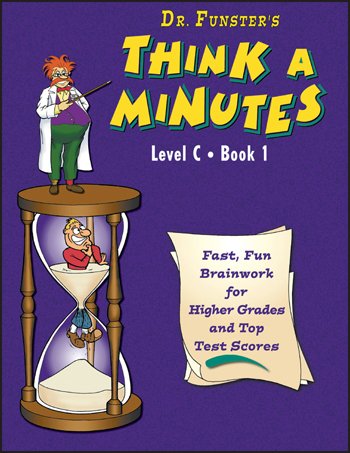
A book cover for Dr. Funster's Think-A-Minutes, Level C,  Book 1 (Grades 6-8); Various Authors; Teen & Young Adult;